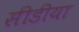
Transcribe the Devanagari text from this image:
सीडीया